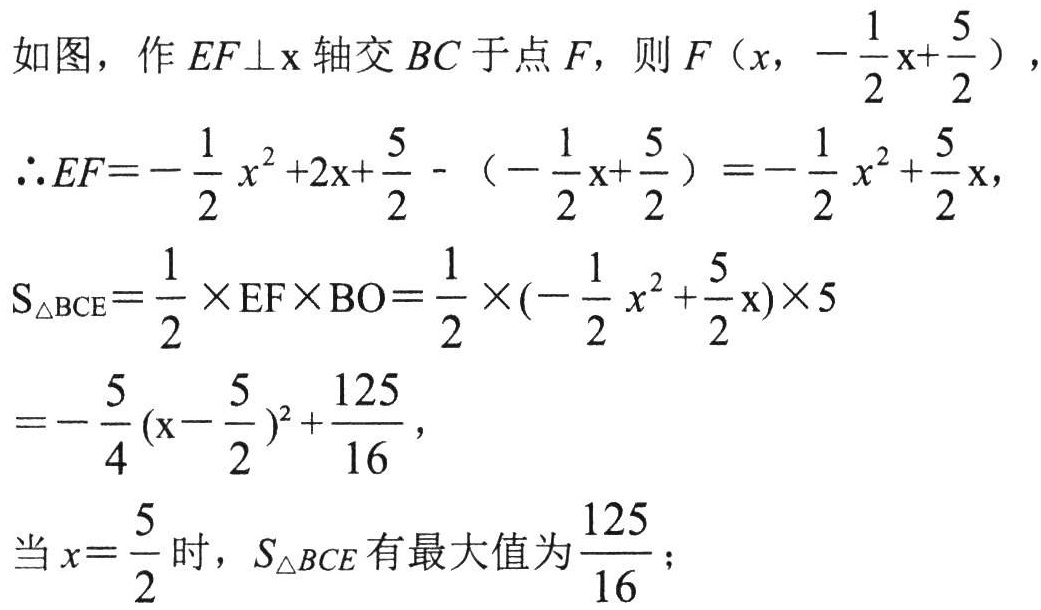
如图，作\(EF\perp x\)轴交\(BC\)于点\(F\)，则\(F\left(x,-\frac{1}{2}x + \frac{5}{2}\right)\)，
\(\therefore EF=-\frac{1}{2}x^{2}+2x+\frac{5}{2}-\left(-\frac{1}{2}x+\frac{5}{2}\right)=-\frac{1}{2}x^{2}+\frac{5}{2}x\)，
\(S_{\triangle BCE}=\frac{1}{2}\times EF\times BO=\frac{1}{2}\times\left(-\frac{1}{2}x^{2}+\frac{5}{2}x\right)\times5\)
\(=-\frac{5}{4}\left(x - \frac{5}{2}\right)^{2}+\frac{125}{16}\)，
当\(x = \frac{5}{2}\)时，\(S_{\triangle BCE}\)有最大值为\(\frac{125}{16}\)；